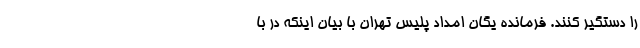
را دستگیر کنند. فرمانده یگان امداد پلیس تهران با بیان اینکه در با